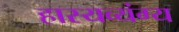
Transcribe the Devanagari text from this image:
हास्यव्यंग्य